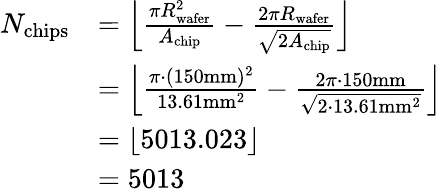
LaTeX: \begin{array}{rl}{N_{\mathrm{chips}}}&{=\left\lfloor\frac{\pi R_{\mathrm{wafer}}^{2}}{A_{\mathrm{chip}}}-\frac{2\pi R_{\mathrm{wafer}}}{\sqrt{2A_{\mathrm{chip}}}}\right\rfloor}\\ &{=\left\lfloor\frac{\pi\cdot(150\mathrm{mm})^{2}}{13.61\mathrm{mm}^{2}}-\frac{2\pi\cdot 150\mathrm{mm}}{\sqrt{2\cdot 13.61\mathrm{mm}^{2}}}\right\rfloor}\\ &{=\left\lfloor 5013.023\right\rfloor}\\ &{=5013}\end{array}